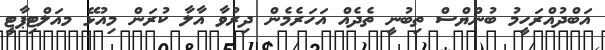
އަބްދުއްރަހީމު ބުންޔްސް ތިބުނީ ތެދެއް އަހަރެމެން ދިރުވާ އާލާ ކުރަން މިއުޅޭ މއަލްޓިޕާޓީ